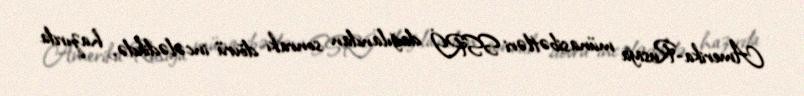
Amerika-Rusiya münasibətləri SSRİ dağılandan sonrakı dövrü incələdikdə, hazırda